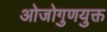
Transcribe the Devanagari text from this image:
ओजोगुणयुक्त